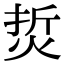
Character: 烲